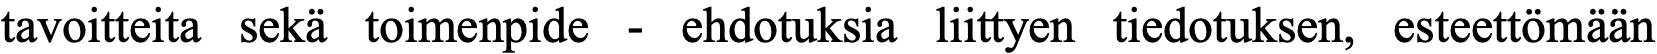
tavoitteita sekä toimenpide - ehdotuksia liittyen tiedotuksen, esteettömään